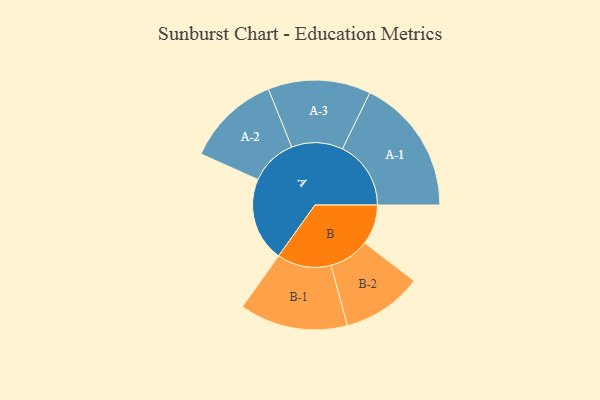
{"axis": {"x": "Segment", "y": "Value"}, "legend": ["", "A", "B"], "data": [{"x": "A", "y": 334, "type": ""}, {"x": "B", "y": 159, "type": ""}, {"x": "A-1", "y": 272, "type": "A"}, {"x": "A-2", "y": 187, "type": "A"}, {"x": "A-3", "y": 204, "type": "A"}, {"x": "B-1", "y": 215, "type": "B"}, {"x": "B-2", "y": 160, "type": "B"}]}